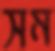
সম